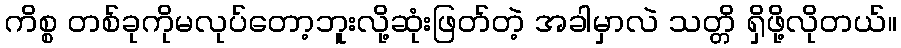
ကိစ္စ တစ်ခုကိုမလုပ်တော့ဘူးလို့ဆုံးဖြတ်တဲ့ အခါမှာလဲ သတ္တိ ရှိဖို့လိုတယ်။